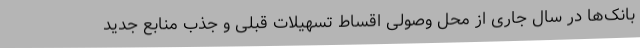
بانک‌ها در سال جاری از محل وصولی اقساط تسهیلات قبلی و جذب منابع جدید